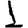
Digit: 1